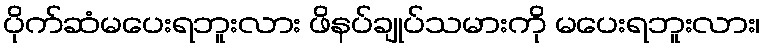
ပိုက်ဆံမပေးရဘူးလား ဖိနပ်ချုပ်သမားကို မပေးရဘူးလား၊